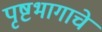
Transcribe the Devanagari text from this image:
पृष्टभागाचे